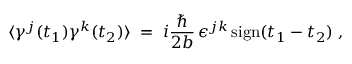
\langle \gamma ^ { j } ( t _ { 1 } ) \gamma ^ { k } ( t _ { 2 } ) \rangle \; = \; i \frac { \hbar } { 2 b } \, \epsilon ^ { j k } \, \mathrm { s i g n } ( t _ { 1 } - t _ { 2 } ) \; ,